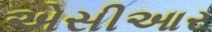
એસીઆર